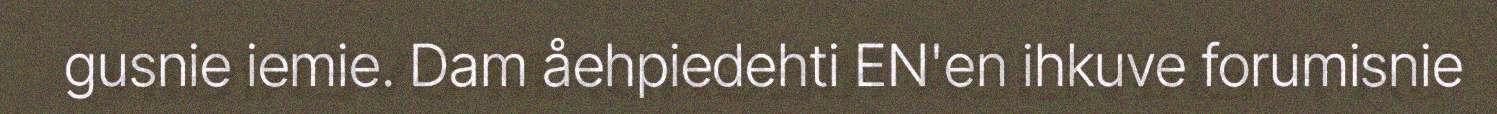
gusnie iemie. Dam åehpiedehti EN'en ihkuve forumisnie